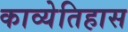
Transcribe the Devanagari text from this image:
काव्येतिहास